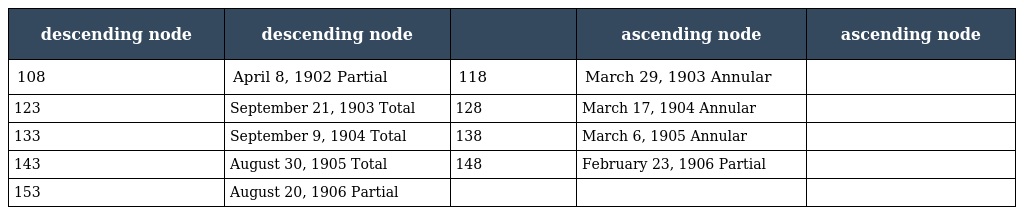
| descending node | descending node |  | ascending node | ascending node |
 | --- | --- | --- | --- | --- |
 | 108 | April 8, 1902 Partial | 118 | March 29, 1903 Annular |  |
 | 123 | September 21, 1903 Total | 128 | March 17, 1904 Annular |  |
 | 133 | September 9, 1904 Total | 138 | March 6, 1905 Annular |  |
 | 143 | August 30, 1905 Total | 148 | February 23, 1906 Partial |  |
 | 153 | August 20, 1906 Partial |  |  |  |